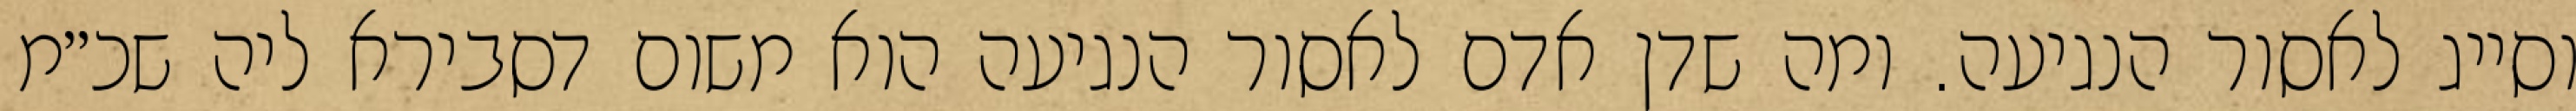
וסייג לאסור הנגיעה. ומה שדן אדם לאסור הנגיעה הוא משום דסבירא ליה שכ״מ